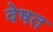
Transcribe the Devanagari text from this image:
वेषत